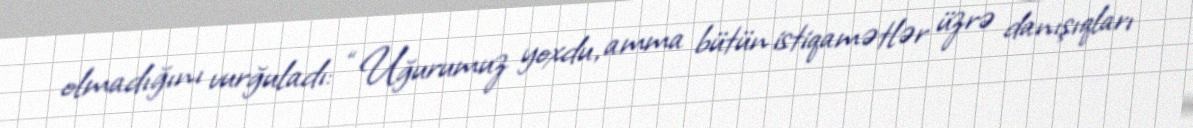
olmadığını vurğuladı: “Uğurumuz yoxdu, amma bütün istiqamətlər üzrə danışıqları